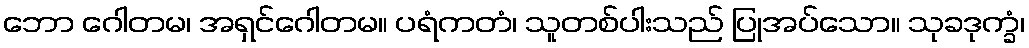
ဘော ဂေါတမ၊ အရှင်ဂေါတမ။ ပရံကတံ၊ သူတစ်ပါးသည် ပြုအပ်သော။ သုခဒုက္ခံ၊